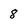
Character: 8